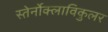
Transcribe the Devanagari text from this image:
स्तेर्नोक्लाविकुलर